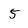
Character: 5